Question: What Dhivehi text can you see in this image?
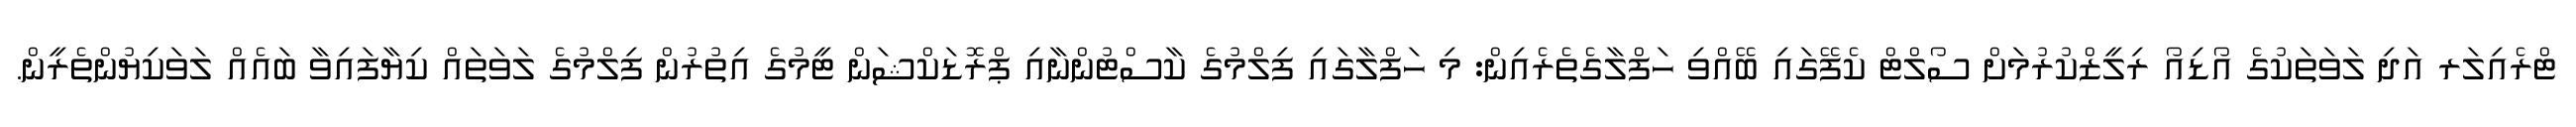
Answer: ޓްރެއިލަރ އަދި ލަވަތަކުގެ އޯޑިއޯ ރިލީޒްކުރުމަށް ސޯލްޓް ކެފޭގައި ބޭއްވި ހަފްލާގެތެރެއިން: މި ހަފްލާގައި ފިލްމުގެ ކާސްޓުންނާއި ޕްރޮޑަކްޝަން ޓީމުގެ އިތުރުން ފިލްމުގެ ލަވަތައް ކިޔާފައިވާ ބައެއް ލަވަކިޔުންތެރީން.